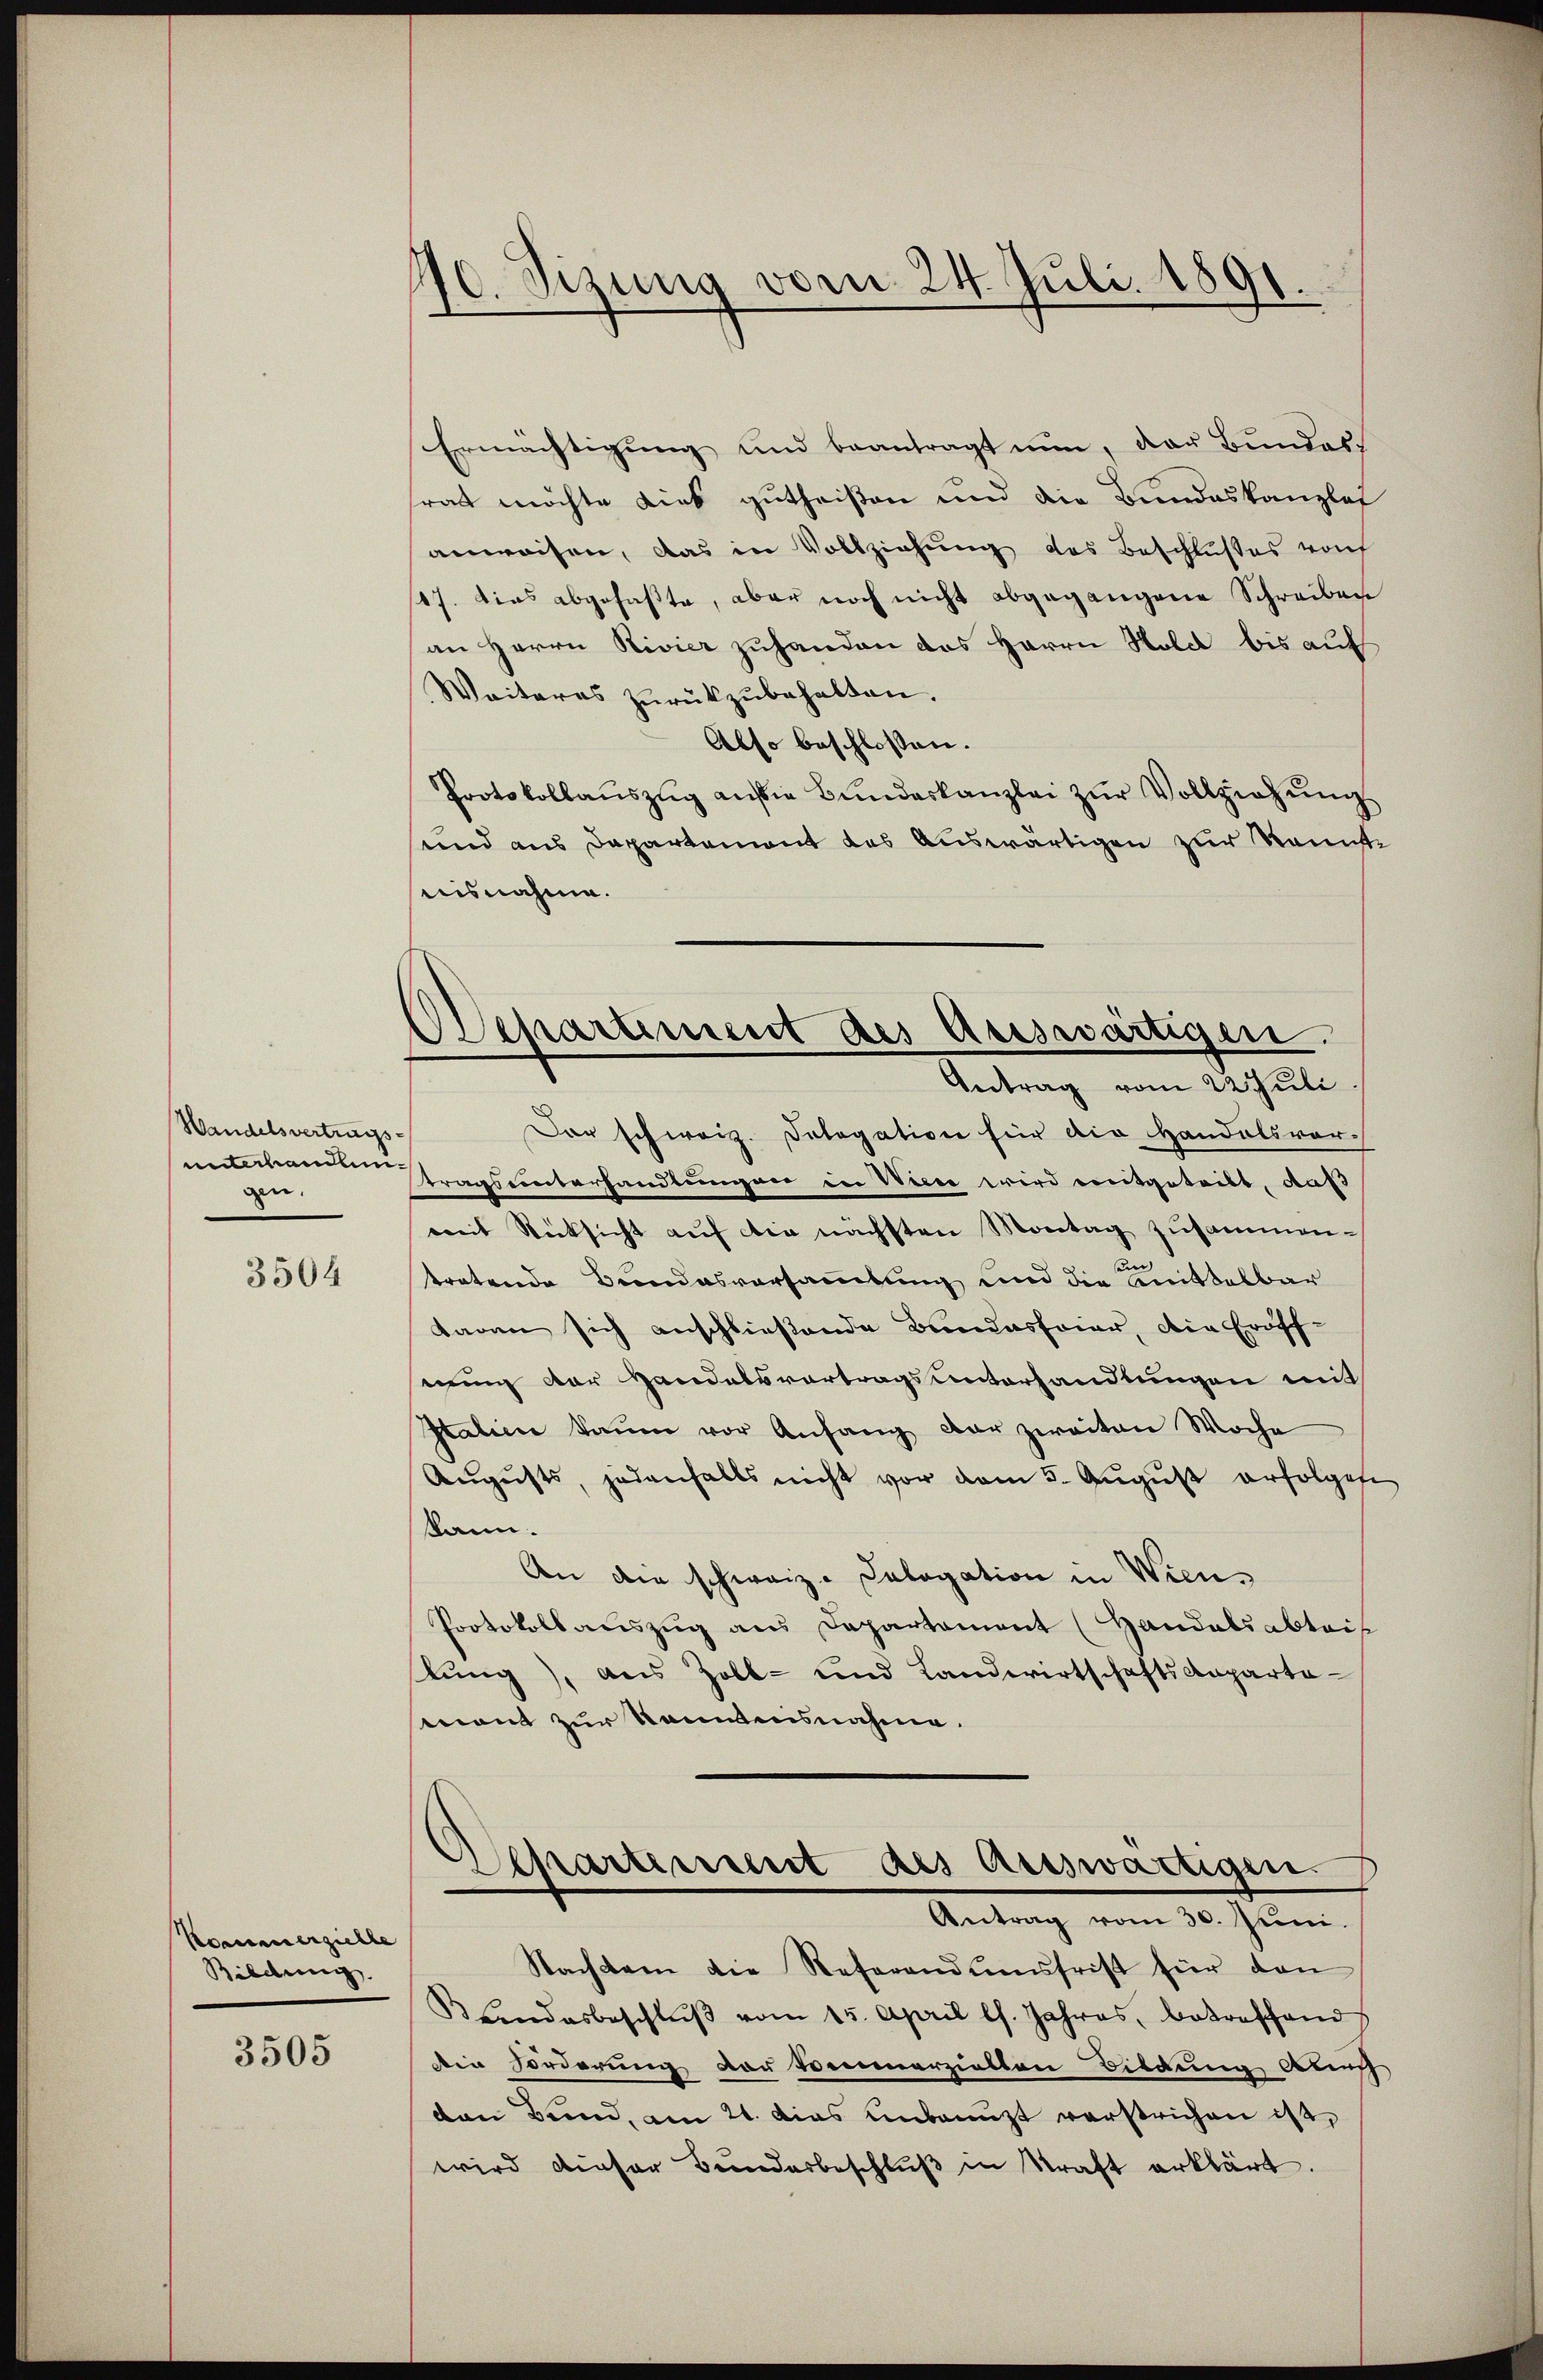
Wandelsvertrags-
unterhande
gen.

3504

Komunerzielle
Bildung.

3505

10. Sizung vom 24. Juli 1891.

Departement des Auswärtigen.
Antrag vom 22. Juli

Ermächtigung und beantragt nun, das Bundesrath möchte Lieb gutheißen und die Bundeskanzlei
anweisen, das in Vollziehung des Beschlußes woh
117. dies abgefaßte, aber noch nicht abgegangene Schreiben
an Herrn Rivier zuhanden das Herrn Sold bis auf
Weiteres zurückzubehalten.
Also beschlossen.
Protokollaŭszŭg aŭsie Bŭndeskanzlei zŭr Vollziehŭng
und aus Departement des Auswärtigen zur Kennt
ausnahme.
Der schweiz. Dologation für die Handelsvortragsunterhandlungen in Wieer wird entgeteilt, daß
mit Rücksicht aŭf die nächsten Montag zusammen-
n
tretende Bundesvorsammlung und die Mittelbar
taren sich anschließende Bundesfeier, die Eröff-
nung der Handelsvortragsunterhandlungen mit
Italien kaum vor Anfang der zweiten Woche
Aŭgŭsts, jedenfalls nicht vor dem 5. Aŭgŭst erfolget
kann.
An die schweiz. Salogation in Wien¬
Protokollauszug aus Departament (Handelsabtei
tung), aus Zoll- und Landwirtschaftsanparta-
mont zur kanntensnahme.
Departement des auswärtigen.
Antrag vom 30. Juni.
Nachdem die Referandumsfrist für den
Landesbeschlŭβ vom 15. April l. Jahres, betreffend
din Forderung vor reumerziellen Bildung Aug
den Bund, am 21. das Unbeugt verstrichen ist,
wird dieser Bunderbeschlŭβ in Kraft erklärt.